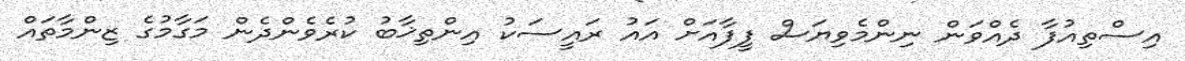
އިސްތިއުފާ ދެއްވަން ނިންމެވިޔަސް ފީފާއަށް އައު ރައީސަކު އިންތިޚާބު ކުރެވެންދެން މަގާމުގެ ޒިންމާތައް